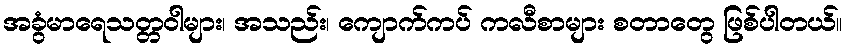
အခွံမာရေသတ္တဝါများ၊ အသည်း၊ ကျောက်ကပ် ကလီစာများ စတာတွေ ဖြစ်ပါတယ်။